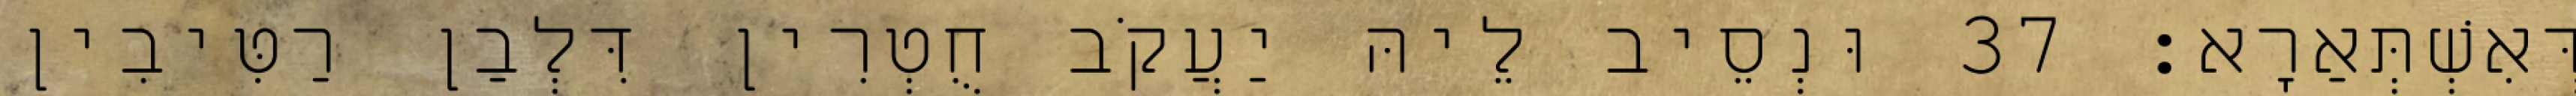
דְּאִשְׁתְּאַרָא׃ 37 וּנְסֵיב לֵיהּ יַעֲקֹב חֻטְרִין דִּלְבַן רַטִּיבִין